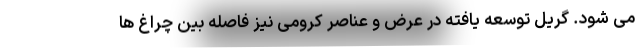
می شود. گریل توسعه یافته در عرض و عناصر کرومی نیز فاصله بین چراغ ها